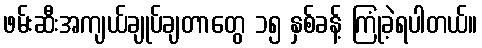
ဖမ်းဆီးအကျယ်ချုပ်ချတာတွေ ၁၅ နှစ်ခန့် ကြုံခဲ့ရပါတယ်။